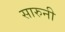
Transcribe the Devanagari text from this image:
सारुनी